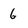
Character: 6